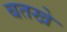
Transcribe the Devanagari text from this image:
बतखे